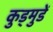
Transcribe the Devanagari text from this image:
कुड्मुडें